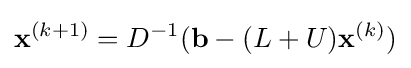
{\mathbf {x}}^{(k+1)}=D^{-1}({\mathbf {b}}-(L+U){\mathbf {x}}^{(k)})